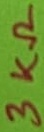
Text: 3KΩ